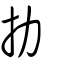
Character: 扐